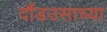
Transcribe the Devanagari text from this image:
दौंडउसाच्या